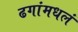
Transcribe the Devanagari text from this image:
ढगांमधलं